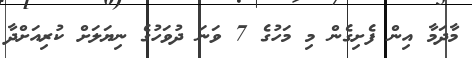
މާދަމާ އިން ފެށިގެން މި މަހުގެ 7 ވަނަ ދުވަހުގެ ނިޔަލަށް ކުރިއަށްދާ